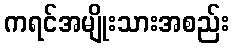
ကရင်အမျိုးသားအစည်း